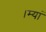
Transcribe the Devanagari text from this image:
।म्यां